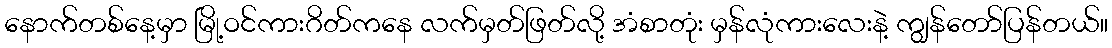
နောက်တစ်နေ့မှာ မြို့ဝင်ကားဂိတ်ကနေ လက်မှတ်ဖြတ်လို့ အံစာတုံး မှန်လုံကားလေးနဲ့ ကျွန်တော်ပြန်တယ်။